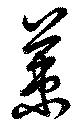
策